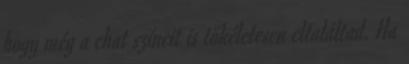
hogy még a chat színeit is tökéletesen eltaláltad. Ha